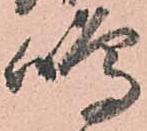
嶋